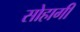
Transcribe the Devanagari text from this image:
सोहागी